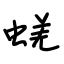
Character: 蜣